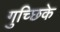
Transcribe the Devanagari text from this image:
गुच्छिके